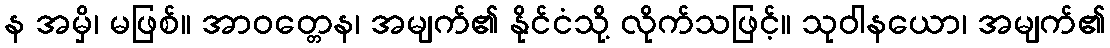
န အမှိ၊ မဖြစ်။ အာဝတ္တေန၊ အမျက်၏ နိုင်ငံသို့ လိုက်သဖြင့်။ သုဝါနယော၊ အမျက်၏